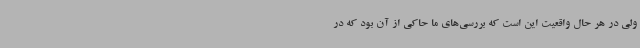
ولی در هر حال واقعیت این است که بررسی‌های ما حاکی از آن بود که در